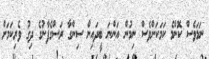
ނަމަވެސް ކޮންމެ ކަމަކަށްވެސް ނިމުން އަންނަ ބީދައިން ސިންގާ ރަސްގެފާނުގެ ދިގު ވެރިކަމަށް